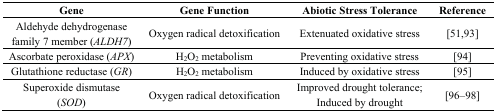
| Gene | Gene Function | Abiotic Stress Tolerance | Reference |
 | --- | --- | --- | --- |
 | Aldehyde dehydrogenase family 7 member (ALDH7) | Oxygen radical detoxification | Extenuated oxidative stress | [51,93] |
 | Ascorbate peroxidase (APX) | H2O2 metabolism | Preventing oxidative stress | [94] |
 | Glutathione reductase (GR) | H2O2 metabolism | Induced by oxidative stress | [95] |
 | Superoxide dismutase (SOD) | Oxygen radical detoxification | Improved drought tolerance; Induced by drought | [96–98] |